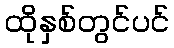
ထိုနှစ်တွင်ပင်